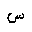
Letter: _sin